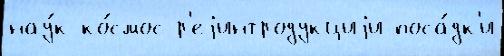
нау́к ко́смос р'еjинтродукциjи поса́дк'и